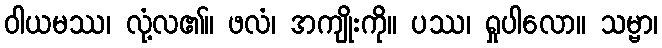
ဝါယမဿ၊ လုံ့လ၏။ ဖလံ၊ အကျိုးကို။ ပဿ၊ ရှုပါလော။ သမ္ဗာ၊